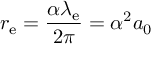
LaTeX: r _ { \mathrm { e } } = { \frac { \alpha \lambda _ { \mathrm { e } } } { 2 \pi } } = \alpha ^ { 2 } a _ { 0 }